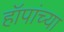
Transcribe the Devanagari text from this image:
हॉपांच्या